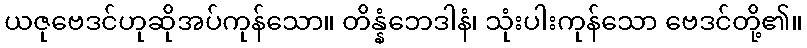
ယဇုဗေဒင်ဟုဆိုအပ်ကုန်သော။ တိန္နံဘေဒါနံ၊ သုံးပါးကုန်သော ဗေဒင်တို့၏။